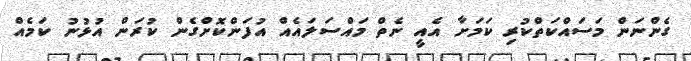
ގެންނަން މަސައްކަތްކުރި ކަމަށާ އެއީ ނެތް މައްސަލައެއް އުފަންކޮށްގެން ކުރަން އުޅުނު ކަމެއް